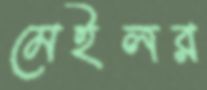
মেইলর